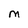
Character: M